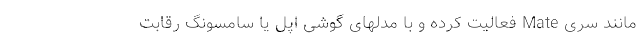
مانند سری Mate فعالیت کرده و با مدلهای گوشی اپل یا سامسونگ رقابت